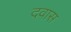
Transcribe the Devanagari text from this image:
दवास